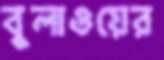
বুলাওয়ের